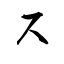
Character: ス